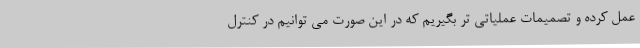
عمل کرده و تصمیمات عملیاتی تر بگیریم که در این صورت می توانیم در کنترل